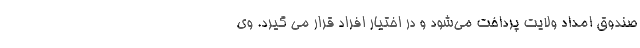
صندوق امداد ولایت پرداخت می‌شود و در اختیار افراد قرار می گیرد. وی